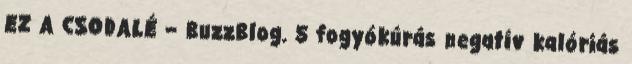
EZ A CSODALÉ – BuzzBlog. 5 fogyókúrás negatív kalóriás